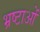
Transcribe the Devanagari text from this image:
भ्रष्टाओं